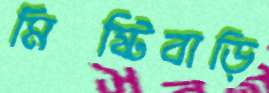
মিষ্টিবাড়ি